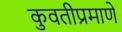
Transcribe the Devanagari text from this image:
कुवतीप्रमाणे